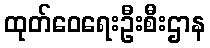
ထုတ်ဝေရေးဦးစီးဌာန